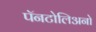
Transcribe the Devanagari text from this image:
पॅनटोलिअनो